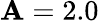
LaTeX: \mathbf{A}=2.0